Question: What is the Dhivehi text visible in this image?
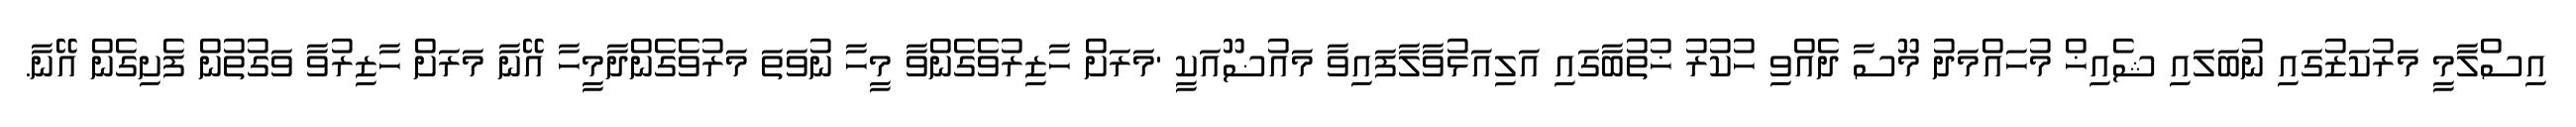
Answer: އިސްލާމީ މަރުކަޒުގައި ނުބަލައި ޝެއިޚް މުހައްމަދު މޫސާ ދެއްވި ހުކުރު ޚުތުބާގައި އަލިއަޅުވާލާފައިވާ މައުޟޫއަކީ 'މަރަށް ހާޒިރުވެގެންވާ މީހާ ނުވަތަ މަރުވެގެންދާމީހާ އޭނާ މަރަށް ހާޒިރުވާ ވަގުތުން ފެށިގެން އޭނާ.